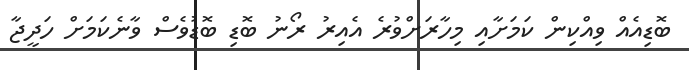
ބޮޑިއެއް ވިއްކިން ކަމަށާއި މިހާރަށްވުރެ އެއިރު ރޯނު ބޮޑި ބޮޑުވެސް ވާނެކަމަށް ހަދީޖާ